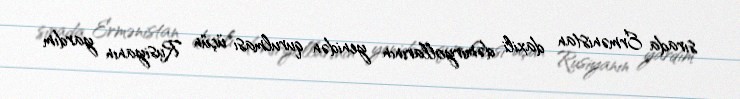
sırada Ermənistan daxili dəmiryollarının yenidən qurulması üçün Rusiyanın yardım